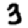
Digit: 3